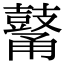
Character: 𪔜